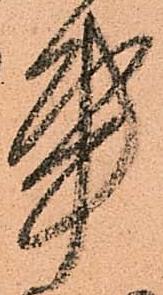
事